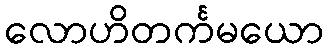
လောဟိတင်္ကမယော